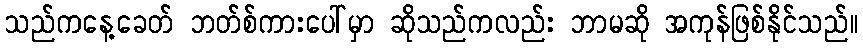
သည်ကနေ့ခေတ် ဘတ်စ်ကားပေါ်မှာ ဆိုသည်ကလည်း ဘာမဆို အကုန်ဖြစ်နိုင်သည်။